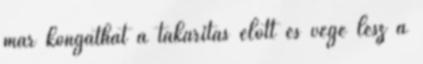
már kongathat a takarítás előtt és vége lesz a